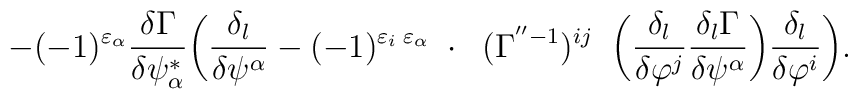
-(-1)^{\varepsilon_\alpha} \frac{\delta\Gamma}{\delta\psi^*_\alpha}\bigg( \frac{\delta_l}{\delta\psi^\alpha} -(-1)^{\varepsilon_i\;\varepsilon_\alpha}\;\cdot\;\;(\Gamma^{''-1})^{ij}\;\; \bigg(\frac{\delta_l}{\delta\varphi^j} \frac{\delta_l\Gamma}{\delta\psi^\alpha}\bigg) \frac{\delta_l}{\delta\varphi^i}\bigg). \rule{1.5cm}{0cm}